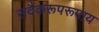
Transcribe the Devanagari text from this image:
सदैकरूपरूपाय